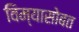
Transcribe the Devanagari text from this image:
विम्यासोबत